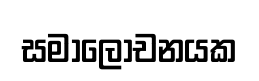
සමාලෝචනයක